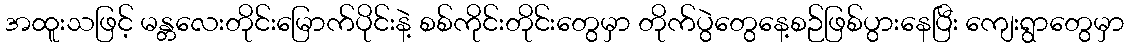
အထူးသဖြင့် မန္တလေးတိုင်းမြောက်ပိုင်းနဲ့ စစ်ကိုင်းတိုင်းတွေမှာ တိုက်ပွဲတွေနေ့စဉ်ဖြစ်ပွားနေပြီး ကျေးရွာတွေမှာ